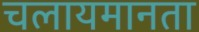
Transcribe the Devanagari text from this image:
चलायमानता